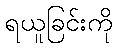
ရယူခြင်းကို